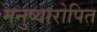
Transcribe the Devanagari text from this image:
मनुष्यारोपित